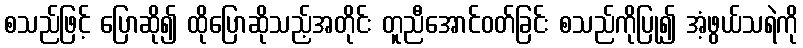
စသည်ဖြင့် ပြောဆို၍ ထိုပြောဆိုသည့်အတိုင်း တူညီအောင်ဝတ်ခြင်း စသည်ကိုပြု၍ အံ့ဖွယ်သရဲကို